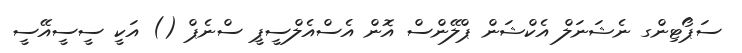
ސަޕޯޓިންގ ނެޝަނަލް އެކްޝަން ޕްލޭންސް އޮން އެސްއެލްސީޕީ ސްނެޕް () އަކީ ސީސީއޭސީ